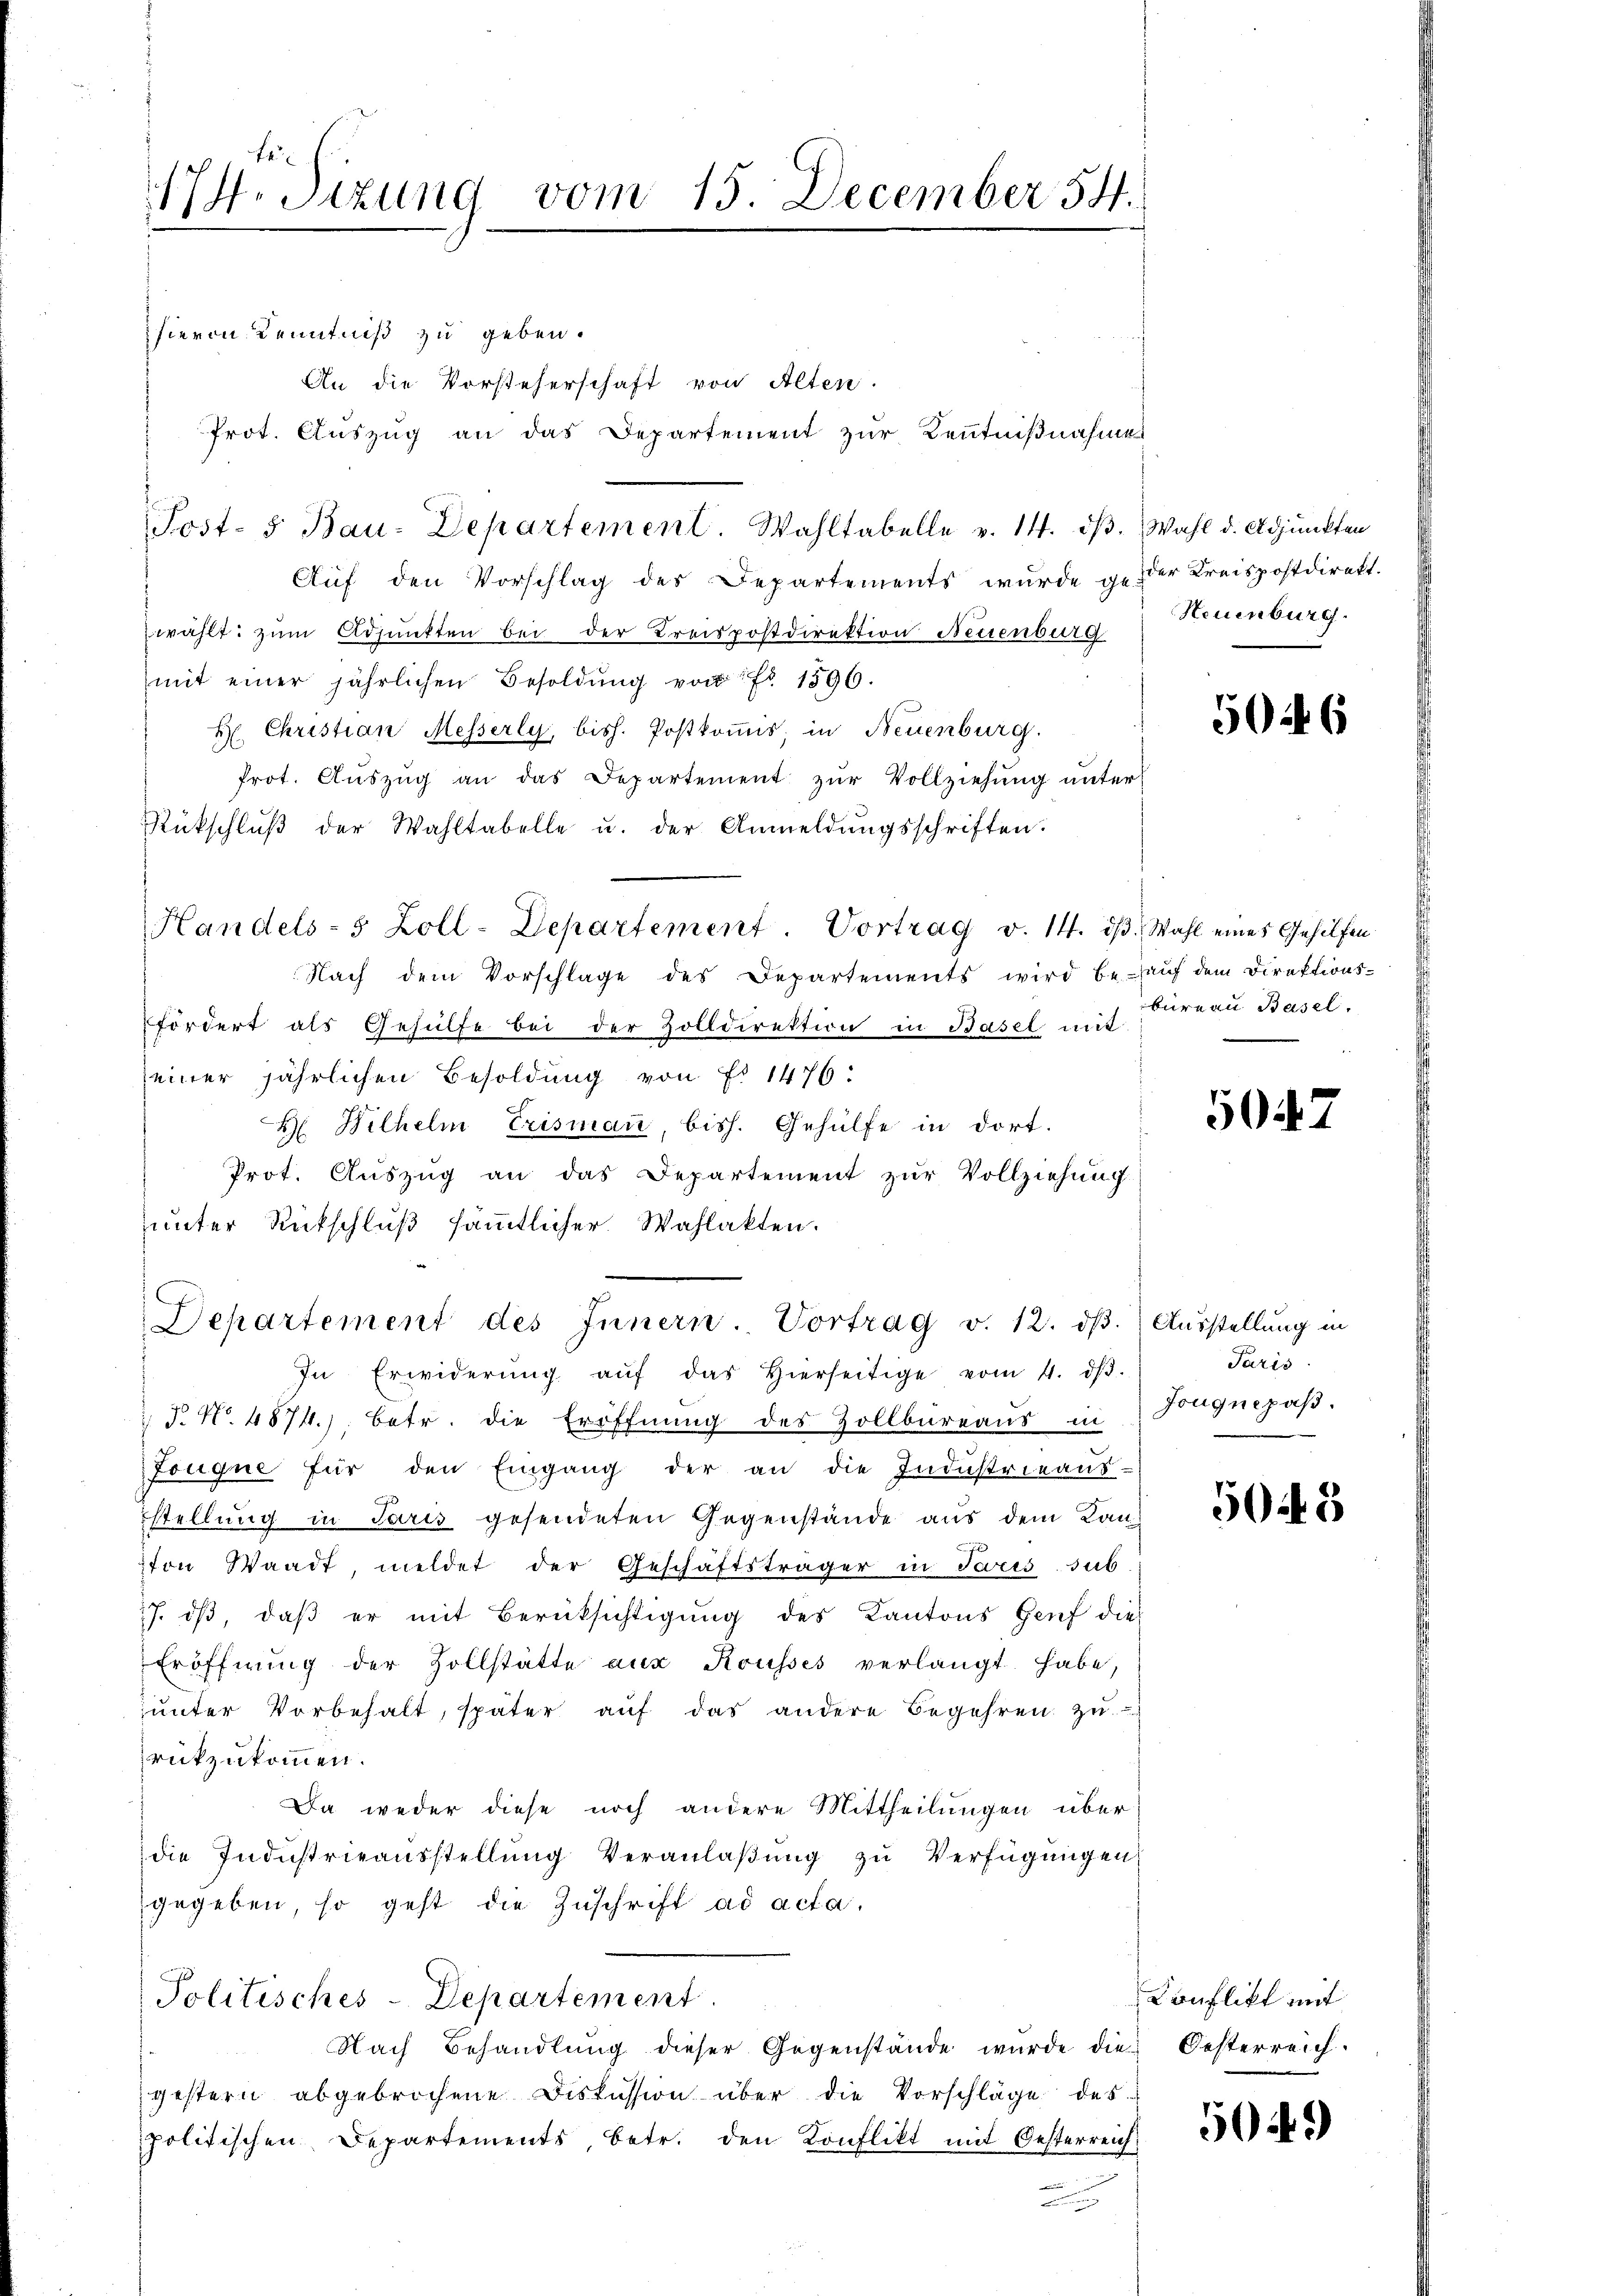
174. Sizung vom 15. December 54.

hievon Kenntniß zu geben.
An die Vorsteherschaft von Alten.
Prot. Auszug an das Departement zur Kenntnißnahmes
Auf den Vorschlag des Departements wurde g. der Kreispostdirekt.
wählt: zum Adjunkten bei der Kreispostdirektion Neuenburg
mit einer jährlichen Besoldŭng von Fr. 1596.
H. Christian Messerly, bish. Postkommis in Neuenburg.
frot. Aŭszŭg an das Departement zŭr Vollziehŭng ŭnter
Rückschlŭβ der Wahltabelle u. der Anmeldŭngsschriften.
Handels- 5 Zoll-Departement. Vortrag v. 14. dβ. Wahl eines Gehilfen
Nach dem Vorschlage des Departements wird beauf dem Direktions-
fördert als Gehülfe bei der Zolldirektion in Basel mit
seiner jährlichen Besoldung von Fr. 1476:
H Wilhelm Erisman, bish. Gehülfe in dort.
Prot. Auszug an das Departement zur Vollziehung
unter Rückschluß sämmtlicher Wahlakten.
Departement des Innern. Vortrag v. 12. dβ. Ausstellung in
In Erwiderŭng aŭf das hierseitige vom 4. dβ.
F. No. 4874). Betr. die Eröffnŭng des Zollbüreaŭs in
Touqne für den Eingang der an die Indŭstrieans-
stellung in Paris gesendeten Gegenstände aus dem Kan-
ton Waadt, meldet der Geschäftsträger in Juris sub
7. dβ, daβ er mit Berücksichtigŭng des Kantons Genf die
Eröffnŭng der Zollstätte aus Rousses verlangt habe,
unter Vorbehalt, später auf das andere Begehren zu
rückzukommen.
Da weder diese noch andere Mittheilungen überdie Industrieausstellung Veranlaßung zu Verfügungen
gegeben, so geht die Zuschrift ad acta.
Politisches-Departement.
Nach Behandlung dieser Gegenstände wurde die Oesterreich-
gestern abgebrochene Diskussion über die Vorschläge des
politischen Departements, betr. den Konflikt mit Oesterreich
a

Post- 5. Bau-Departement. Wahltabelle v. 14. dβ. Wahl d. Adjunkten

Neuenburg.

5046

bureau Basel.

5047

Paris
Jougnepaß.

504. 2

Conflikt mit

5049